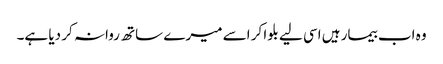
وہ اب بیمار ہیں اسی لیے بلوا کر اسے میرے ساتھ روانہ کر دیا ہے۔